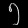
Digit: ၅